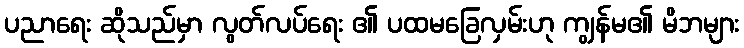
ပညာရေး ဆိုသည်မှာ လွတ်လပ်ရေး ၏ ပထမခြေလှမ်းဟု ကျွန်မ၏ မိဘများ